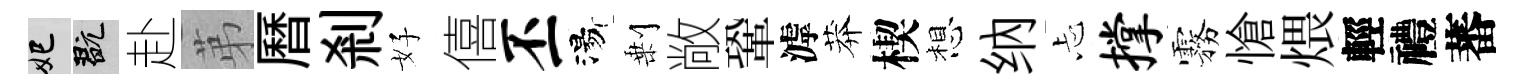
妃玩赴苐曆剎好僖丕湯剰敞鞏滹莽楔想纳忐撑霧愴煨輕禮蕃